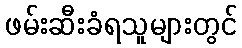
ဖမ်းဆီးခံရသူများတွင်